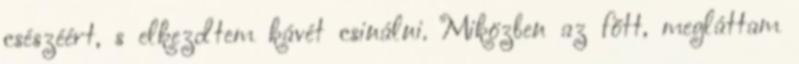
csészéért, s elkezdtem kávét csinálni. Miközben az főtt, megláttam